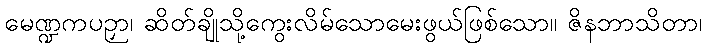
မေဏ္ဍကပဉှာ၊ ဆိတ်ချိုသို့ကွေးလိမ်သောမေးဖွယ်ဖြစ်သော။ ဇိနဘာသိတာ၊